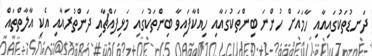
ދަނޑުތަކުގައިއާއި ހާމައަށް ހުންނަ ބިންތަކުގައާއި ހިއްކާފައިވާ ބިންތަކުގައި މަޅިފައްޗާއި ދަންތުރައާއި އެކި އާލާތްތައް